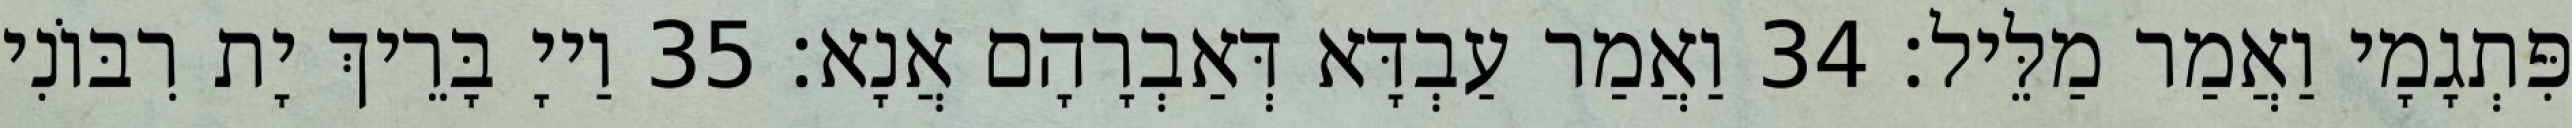
פִּתְגָמָי וַאֲמַר מַלֵּיל׃ 34 וַאֲמַר עַבְדָּא דְּאַבְרָהָם אֲנָא׃ 35 וַייָ בָּרֵיךְ יָת רִבּוֹנִי